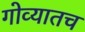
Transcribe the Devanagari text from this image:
गोव्यातच